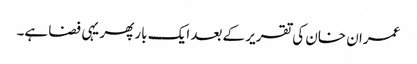
عمران خان کی تقریر کے بعد ایک بار پھر یہی فضا ہے۔